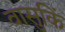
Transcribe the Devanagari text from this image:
वासुकिं